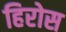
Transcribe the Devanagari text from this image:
हिरोस